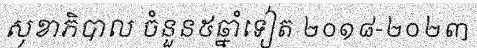
សុខាភិបាល ចំនួន៥ឆ្នាំទៀត ២០១៨-២០២៣